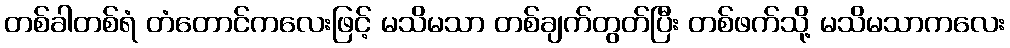
တစ်ခါတစ်ရံ တံတောင်ကလေးဖြင့် မသိမသာ တစ်ချက်တွတ်ပြီး တစ်ဖက်သို့ မသိမသာကလေး